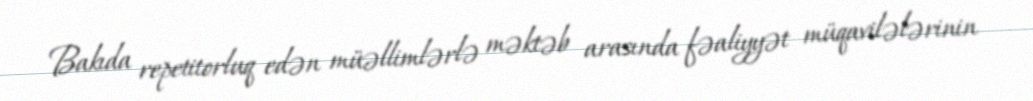
Bakıda repetitorluq edən müəllimlərlə məktəb arasında fəaliyyət müqavilələrinin